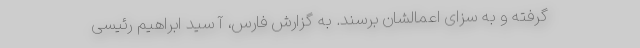
گرفته و به سزای اعمالشان برسند. به گزارش فارس، آ سید ابراهیم رئیسی